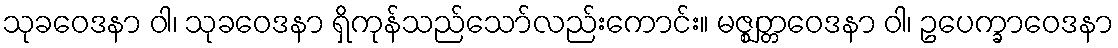
သုခဝေဒနာ ဝါ၊ သုခဝေဒနာ ရှိကုန်သည်သော်လည်းကောင်း။ မဇ္ဈတ္တဝေဒနာ ဝါ၊ ဥပေက္ခာဝေဒနာ